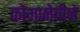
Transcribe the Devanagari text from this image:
कोमानेचीने